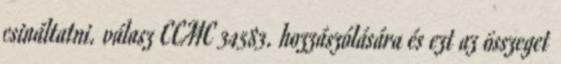
csináltatni. válasz CCMC 34583. hozzászólására és ezt az összeget